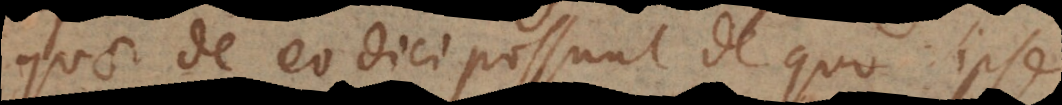
quae de eo dici possunt de quo ipse.